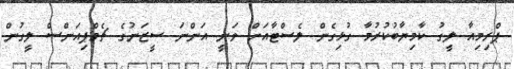
ޕްރިމިއާ ލީގު ކާމިޔާބުކުރުމާ ގުޅިގެން ލެސްޓާއަށް ވަނީ އަންނަ ސީޒަނުގެ ޗެމްޕިއަންސް ލީގުން